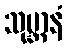
သုမ္ဘာနံ